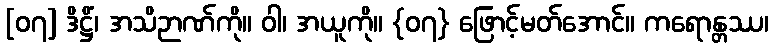
[၀၇] ဒိဋ္ဌိံ၊ အသိဉာဏ်ကို။ ဝါ၊ အယူကို။ {၀၇} ဖြောင့်မတ်အောင်။ ကရောန္တဿ၊